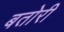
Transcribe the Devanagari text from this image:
बतोरी